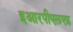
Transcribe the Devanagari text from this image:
इआरपीएलएफ़